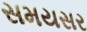
સમયસર